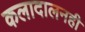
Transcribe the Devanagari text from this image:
कलादालनही